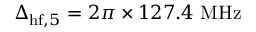
\Delta _ { \mathrm { h f } , 5 } = 2 \pi \times 1 2 7 . 4 ~ \mathrm { M H z }